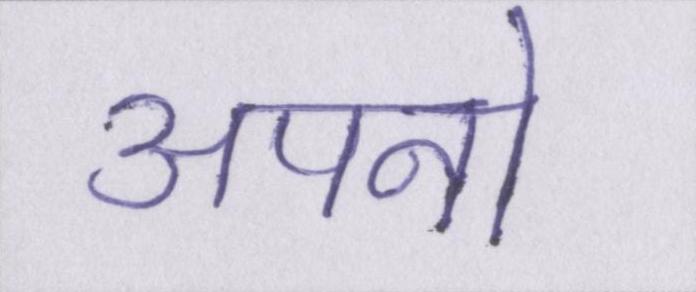
अपनो